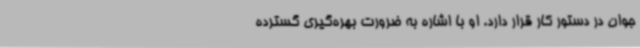
جوان در دستور کار قرار دارد. او با اشاره به ضرورت بهره‌گیری گسترده